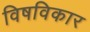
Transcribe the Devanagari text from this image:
विषविकार